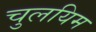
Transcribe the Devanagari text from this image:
चुलयिम